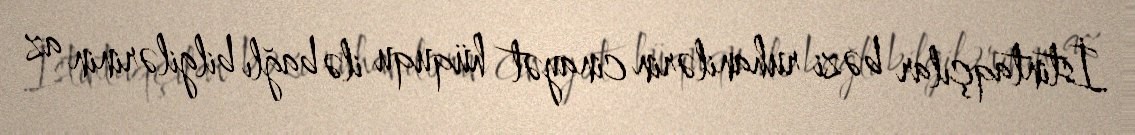
İstintaqçılar bəzi ruhanilərin cinayət hüququ ilə bağlı bilgilərinin az